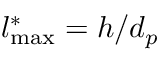
l _ { \mathrm { m a x } } ^ { \ast } = h / d _ { p }